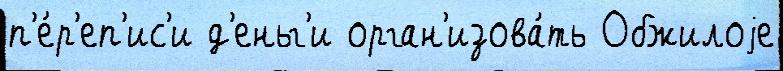
п'е́р'еп'ис'и д'еньг'и орган'изова́ть Обжилоjе